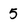
Character: 5